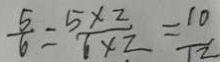
\frac { 5 } { 6 } = \frac { 5 \times 2 } { 6 \times 2 } = \frac { 1 0 } { 1 2 }